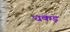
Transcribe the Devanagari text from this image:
धकड़